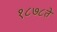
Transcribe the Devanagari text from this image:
१८७८ते